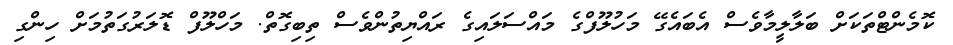
ކޮމެންޓްތަކަށް ބަލާލީމާވެސް އެބައެގޭ މަހުލޫފްގެ މައްސަލައިގެ ރައްޔިތުންވެސް ތިބިގޮތް. މަހްލޫފް ޑޮލަރުގަތުމަށް ހިންގި